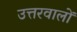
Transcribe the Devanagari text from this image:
उत्तरवालों